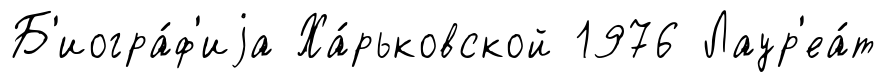
Б'иогра́ф'иjа Ха́рьковской 1976 Лаур'еа́т